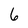
Character: 6